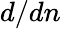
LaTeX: d/dn